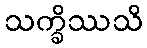
သက္ခိဿသိ